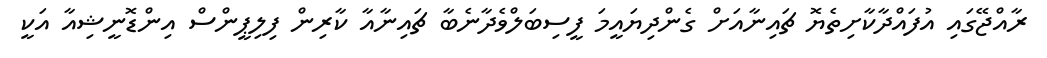
ރާއްޖޭގައި އުފައްދާކާށިތެޔޮ ޗައިނާއަށް ގެންދިޔައީމަ ފީސިބަލްވެދާނެބާ ޗައިނާއާ ކާރިން ފިލިޕީންސް އިންޑޮނީޝިއާ އަކީ